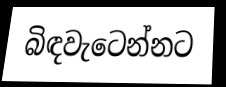
බිඳවැටෙන්නට